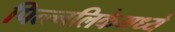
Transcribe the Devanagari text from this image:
पित्त्नलिकेमध्ये